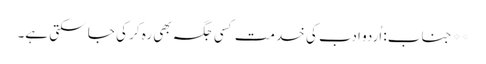
** جناب: اُردو ادب کی خدمت کسی جگہ بھی رہ کر کی جا سکتی ہے۔